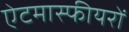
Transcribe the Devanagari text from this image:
ऐटमास्फीयरों